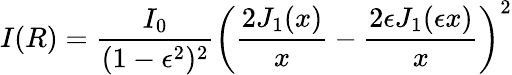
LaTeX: I(R)={\frac{I_{0}}{(1-\epsilon^{2})^{2}}}\left({\frac{2J_{1}(x)}{x}}-{\frac{2\epsilon J_{1}(\epsilon x)}{x}}\right)^{2}